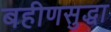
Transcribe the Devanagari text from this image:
बहीणसुद्धा